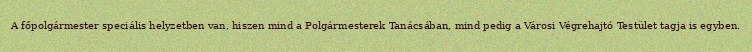
A főpolgármester speciális helyzetben van, hiszen mind a Polgármesterek Tanácsában, mind pedig a Városi Végrehajtó Testület tagja is egyben.